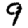
Digit: 9